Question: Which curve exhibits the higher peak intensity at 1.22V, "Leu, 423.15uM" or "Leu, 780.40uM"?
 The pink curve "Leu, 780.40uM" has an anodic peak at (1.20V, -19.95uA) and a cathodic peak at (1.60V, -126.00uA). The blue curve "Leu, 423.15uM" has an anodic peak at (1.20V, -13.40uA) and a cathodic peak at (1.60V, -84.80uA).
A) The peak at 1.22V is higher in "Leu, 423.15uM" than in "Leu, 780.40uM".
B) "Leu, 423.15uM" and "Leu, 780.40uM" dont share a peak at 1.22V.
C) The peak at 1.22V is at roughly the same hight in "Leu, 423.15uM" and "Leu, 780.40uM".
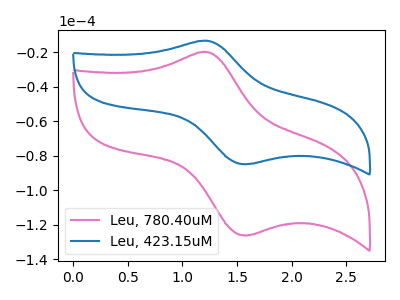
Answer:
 <answer>A) The peak at 1.22V is higher in "Leu, 423.15uM" than in "Leu, 780.40uM".</answer>
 <eval>A</eval>